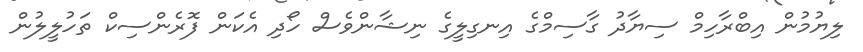
ލިޔުމުން އިބްރާހިމް ސިޔާދު ގާސިމްގެ އިނގިލީގެ ނިޝާންވެސް ހޯދި އެކަން ފޮރެންސިކް ތަހުލީލުން